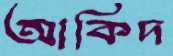
আকিদ